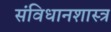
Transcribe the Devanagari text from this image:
संविधानशास्त्र